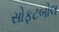
સોફટબોલ